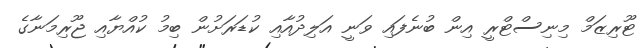
ޓޫރިޒަމް މިނިސްޓްރީ އިން ބުނެފައި ވަނީ އަލިދުއާއި ކުޑަރަށުން ބިމު ކުއްޔާއި ޖޫރިމަނާގެ